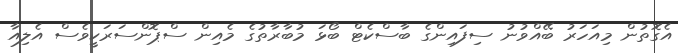
އެގޮތުން މިއަހަރު ބޭއްވުނު ސިފައިންގެ ބާސްކެޓް ބޯޅަ މުބާރާތުގެ މެއިން ސްޕޮންސަރަކީވެސް އެލިއާ